Indian journal of veterinary science and animal husbandry - Volumes 22-23, 1952-1953
Year: 1952
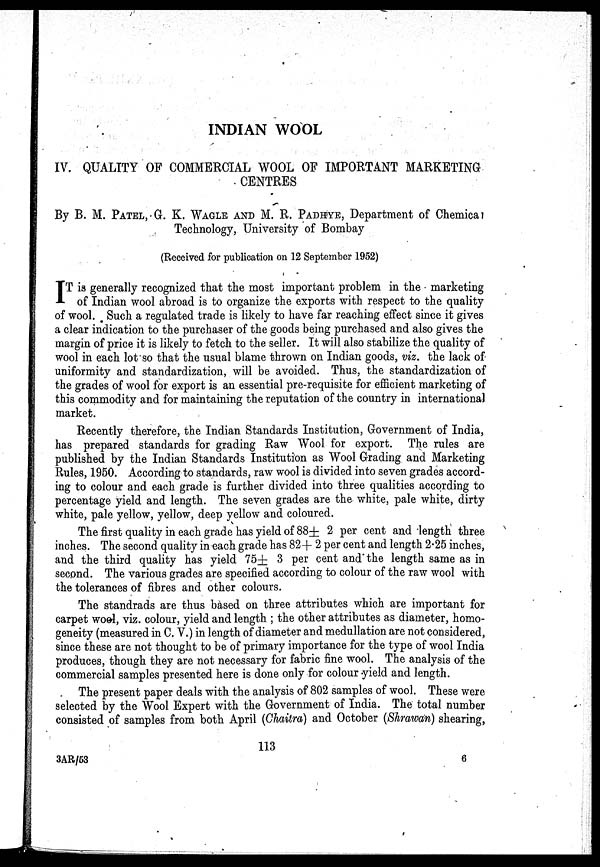
INDIAN WOOL
IV. QUALITY OF COMMERCIAL WOOL OF IMPORTANT MARKETING
CENTRES
By B. M. PATEL, G. K. WAGLE AND M. R. PADHYE, Department of Chemical
Technology, University of Bombay
(Received for publication on 12 September 1952)
I T is generally recognized that the most important problem in the marketing
of Indian wool abroad is to organize the exports with respect to the quality
of wool. Such a regulated trade is likely to have far reaching effect since it gives
a clear indication to the purchaser of the goods being purchased and also gives the
margin of price it is likely to fetch to the seller. It will also stabilize the quality of
wool in each lot so that the usual blame thrown on Indian goods, viz. the lack of
uniformity and standardization, will be avoided. Thus, the standardization of
the grades of wool for export is an essential pre-requisite for efficient marketing of
this commodity and for maintaining the reputation of the country in international
market.
Recently therefore, the Indian Standards Institution, Government of India,
has prepared standards for grading Raw Wool for export. The rules are
published by the Indian Standards Institution as Wool Grading and Marketing
Rules, 1950. According to standards, raw wool is divided into seven grades accord-
ing to colour and each grade is further divided into three qualities according to
percentage yield and length. The seven grades are the white, pale white, dirty
white, pale yellow, yellow, deep yellow and coloured.
The first quality in each grade has yield of 88± 2 per cent and length three
inches. The second quality in each grade has 82± 2 per cent and length 2.25 inches,
and the third quality has yield 75± 3 per cent and the length same as in
second. The various grades are specified according to colour of the raw wool with
the tolerances of fibres and other colours.
The standrads are thus based on three attributes which are important for
carpet wool, viz. colour, yield and length ; the other attributes as diameter, homo-
geneity (measured in C. V.) in length of diameter and medullation are not considered,
since these are not thought to be of primary importance for the type of wool India
produces, though they are not necessary for fabric fine wool. The analysis of the
commercial samples presented here is done only for colour yield and length.
The present paper deals with the analysis of 802 samples of wool. These were
selected by the Wool Expert with the Government of India. The total number
consisted of samples from both April (Chaitra) and October (Shrawan) shearing,
113
3AR/53
6